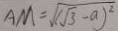
A M = \sqrt { ( \sqrt { 3 } - a ) ^ { 2 } }